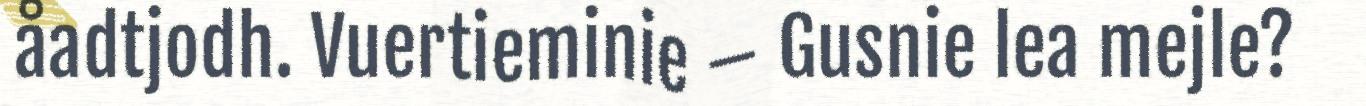
åadtjodh. Vuertieminie – Gusnie lea mejle?